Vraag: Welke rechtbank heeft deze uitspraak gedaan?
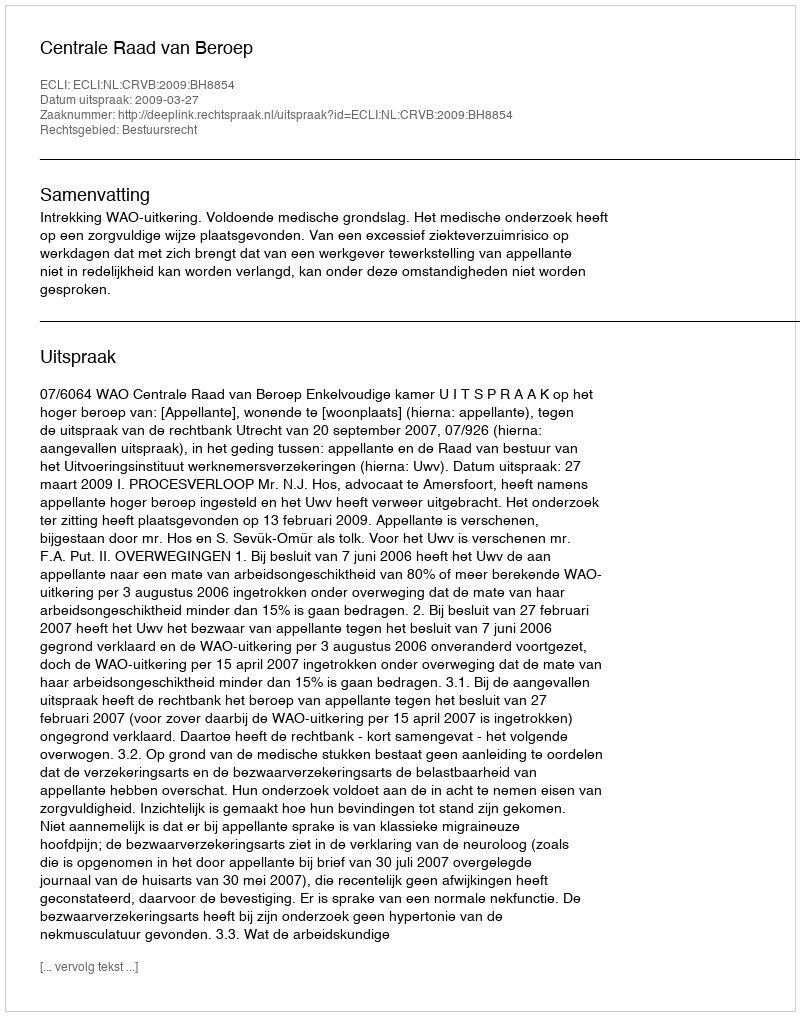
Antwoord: Centrale Raad van Beroep